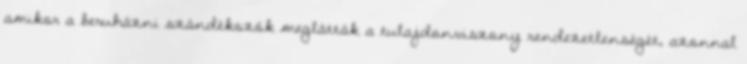
amikor a beruházni szándékozók meglátták a tulajdonviszony rendezetlenségét, azonnal